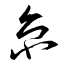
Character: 京